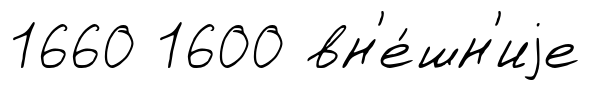
1660 1600 вн'е́шн'иjе